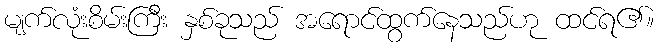
မျက်လုံးစိမ်းကြီး နှစ်ခုသည် အရောင်ထွက်နေသည်ဟု ထင်ရ၏။